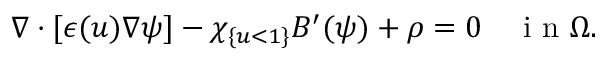
\nabla \cdot [ \epsilon ( u ) \nabla \psi ] - \chi _ { \{ u < 1 \} } B ^ { \prime } ( \psi ) + \rho = 0 \quad \mathrm { ~ i ~ n ~ } \Omega .